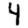
Digit: 4